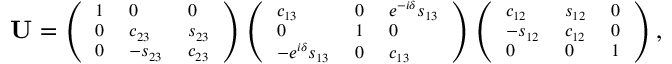
\begin{array} { r } { \scriptsize { \mathbf { U } = \left( \begin{array} { l l l } { 1 } & { 0 } & { 0 } \\ { 0 } & { c _ { 2 3 } } & { s _ { 2 3 } } \\ { 0 } & { - s _ { 2 3 } } & { c _ { 2 3 } } \end{array} \right) \left( \begin{array} { l l l } { c _ { 1 3 } } & { 0 } & { e ^ { - i \delta } s _ { 1 3 } } \\ { 0 } & { 1 } & { 0 } \\ { - e ^ { i \delta } s _ { 1 3 } } & { 0 } & { c _ { 1 3 } } \end{array} \right) \left( \begin{array} { l l l } { c _ { 1 2 } } & { s _ { 1 2 } } & { 0 } \\ { - s _ { 1 2 } } & { c _ { 1 2 } } & { 0 } \\ { 0 } & { 0 } & { 1 } \end{array} \right) , } } \end{array}